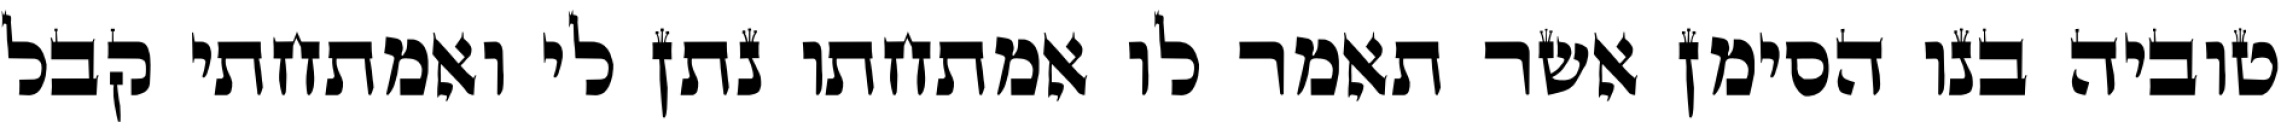
טוביה בנו הסימן אשר תאמר לו אמתחתו נתן לי ואמתחתי קבל